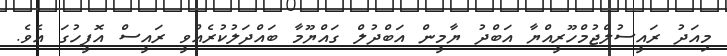
މިއަދު ރައީސުލްޖުމްހޫރީއްޔާ އަބްދު ޔާމީން އަބްދުލް ގައްޔޫމާ ބައްދަލުކުރެއްވީ ރައީސް އޮފީހުގަ އެވެ.